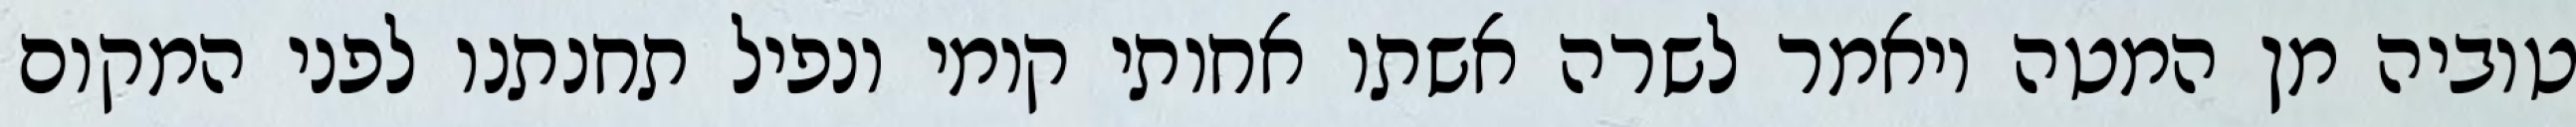
טוביה מן המטה ויאמר לשרה אשתו אחותי קומי ונפיל תחנתנו לפני המקום